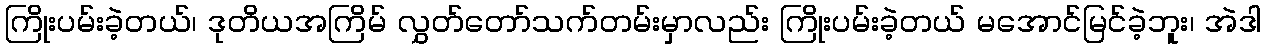
ကြိုးပမ်းခဲ့တယ်၊ ဒုတိယအကြိမ် လွှတ်တော်သက်တမ်းမှာလည်း ကြိုးပမ်းခဲ့တယ် မအောင်မြင်ခဲ့ဘူး၊ အဲဒါ